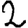
Digit: 2